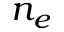
n _ { e }